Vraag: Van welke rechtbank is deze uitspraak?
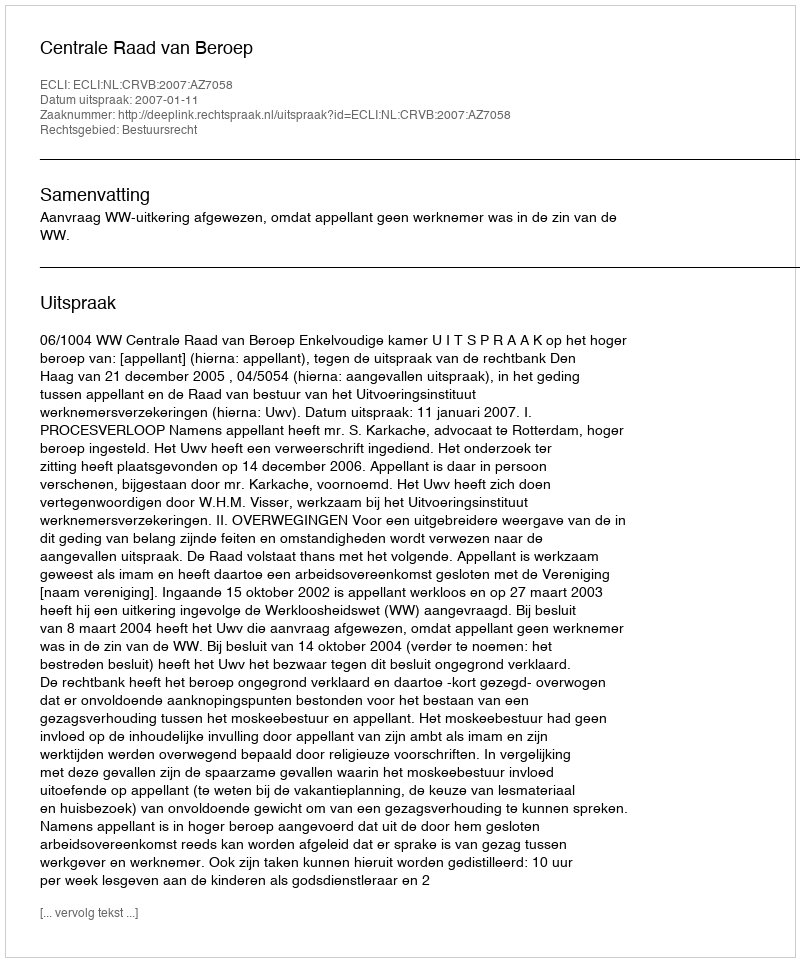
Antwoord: Centrale Raad van Beroep